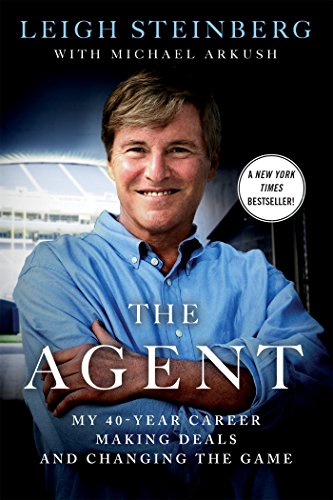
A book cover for The Agent: My 40-Year Career Making Deals and Changing the Game; Leigh Steinberg; Business & Money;